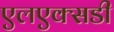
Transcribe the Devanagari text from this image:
एलएक्सडी